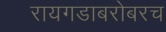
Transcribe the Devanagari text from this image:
रायगडाबरोबरच